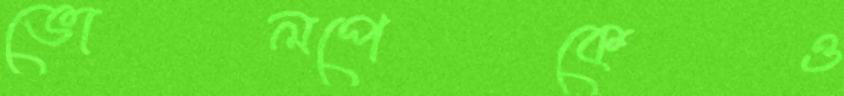
ভোলপেকেও